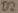
Text: D2